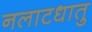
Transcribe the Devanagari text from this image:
नलाटधातु